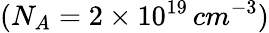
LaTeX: (N_{A}=2\times 10^{19}\, cm^{-3})